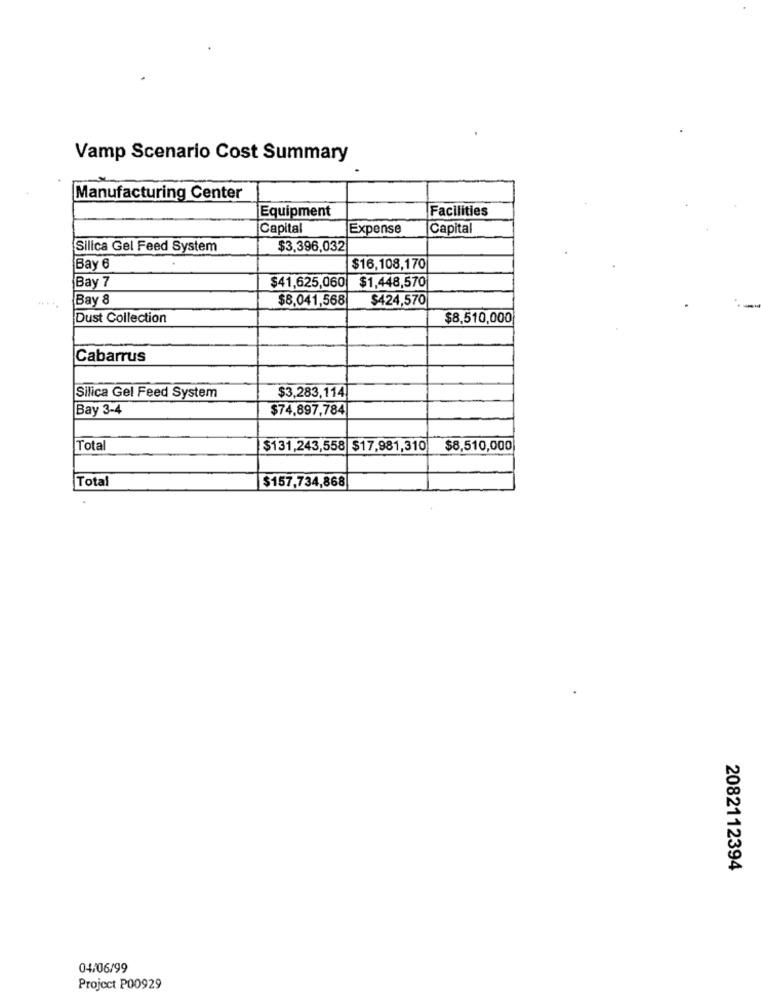
Vamp Scenario Cost Summary
Manufacturing Center
Facilities
Equipment
Capital
Expense
Capital
Silica Gel Feed System
$3,396,032
Bay 6
$16,108,170
$41,625,060
$1,448,570
Bay 7
Bay 8
$8,041,568
$424,570
Dust Collection
$8,510,000
Cabarrus
Silica Gel Feed System
$3,283,114
Bay 3-4
$74,897,784
Total
$131,243,558 $17,981,310
$8,510,000
Total
$157,734,868
2082112394
04/06/99
Project P00929